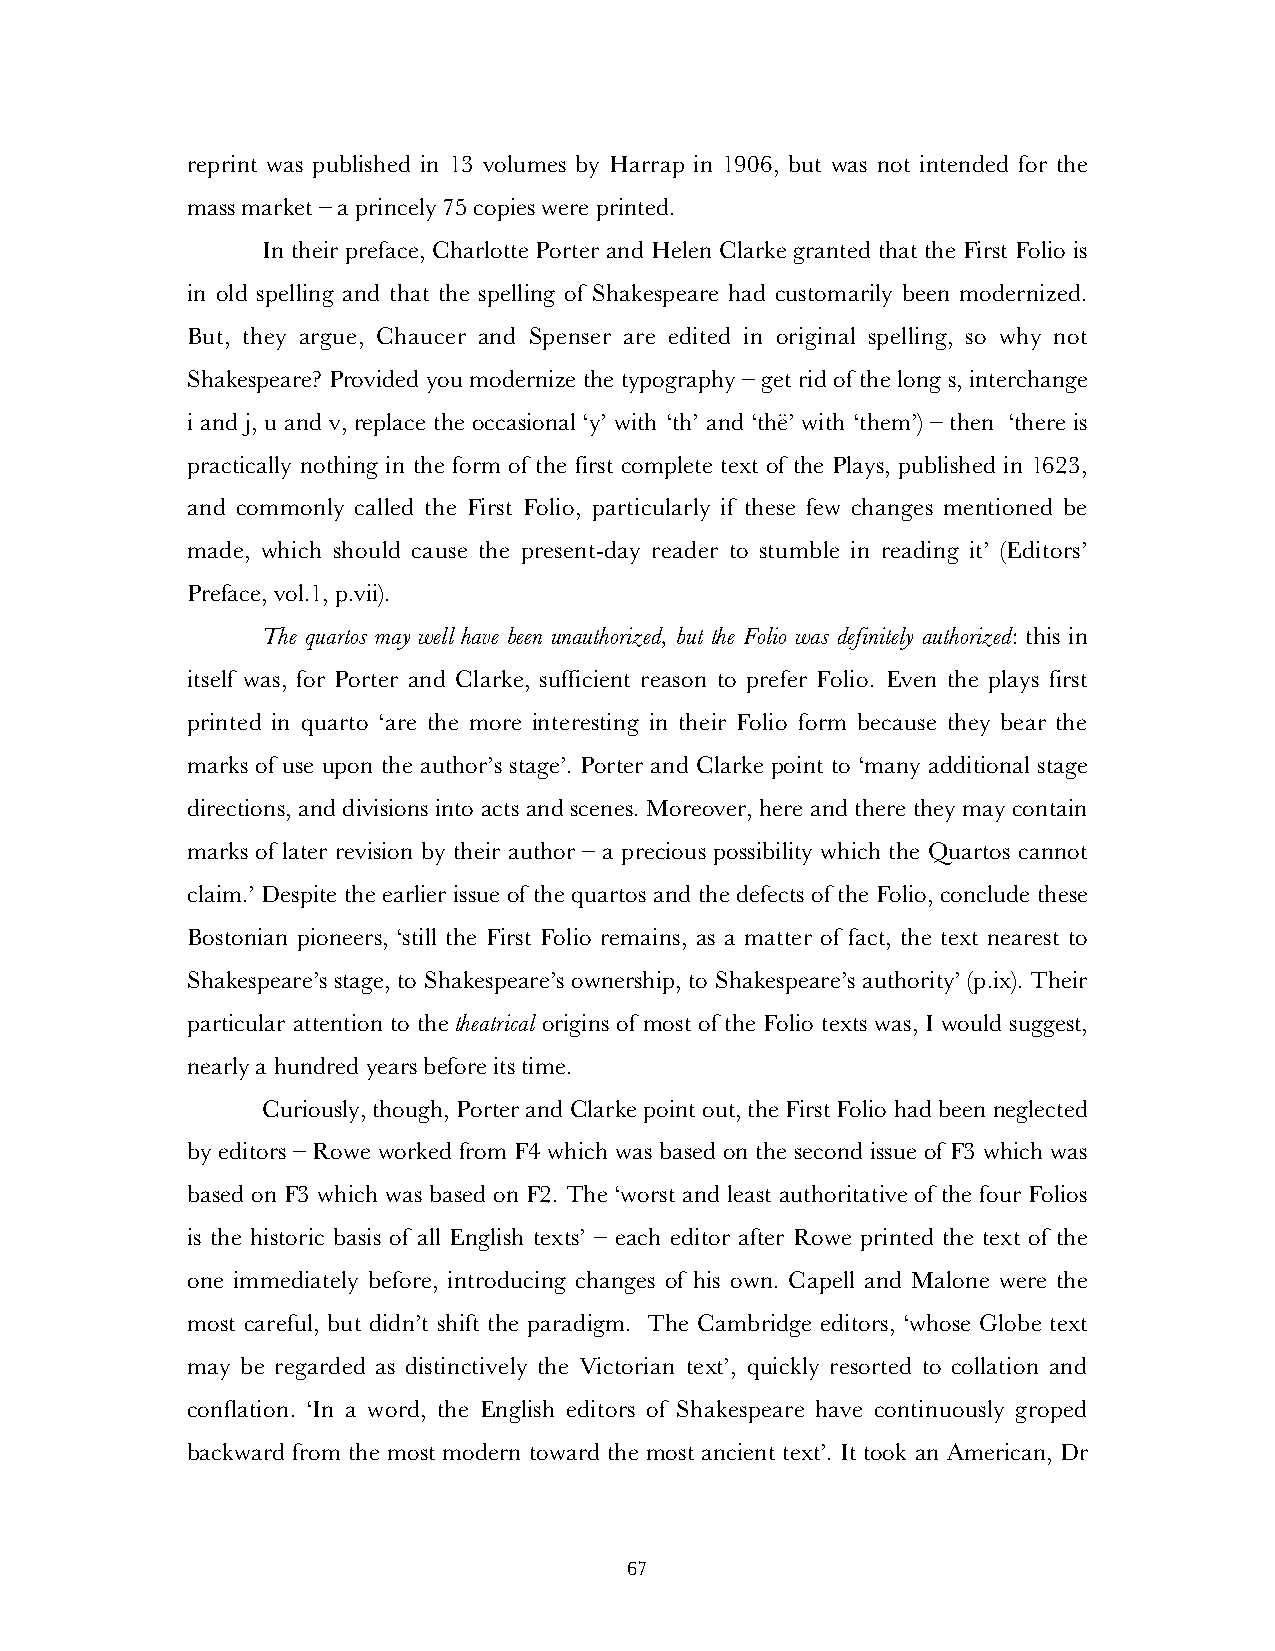
reprint was published in 13 volumes by Harrap in 1906, but was not intended for the
 mass market – a princely 75 copies were printed.
 In their preface, Charlotte Porter and Helen Clarke granted that the First Folio is
 in old spelling and that the spelling of Shakespeare had customarily been modernized.
 But, they argue, Chaucer and Spenser are edited in original spelling, so why not
 Shakespeare? Provided you modernize the typography – get rid of the long s, interchange
 i and j, u and v, replace the occasional ‘y’ with ‘th’ and ‘thë’ with ‘them’) – then ‘there is
 practically nothing in the form of the first complete text of the Plays, published in 1623,
 and commonly called the First Folio, particularly if these few changes mentioned be
 made, which should cause the present-day reader to stumble in reading it’ (Editors’
 Preface, vol.1, p.vii).
 The quartos may well have been unauthorized, but the Folio was definitely authorized: this in
 itself was, for Porter and Clarke, sufficient reason to prefer Folio. Even the plays first
 printed in quarto ‘are the more interesting in their Folio form because they bear the
 marks of use upon the author’s stage’. Porter and Clarke point to ‘many additional stage
 directions, and divisions into acts and scenes. Moreover, here and there they may contain
 marks of later revision by their author – a precious possibility which the Quartos cannot
 claim.’ Despite the earlier issue of the quartos and the defects of the Folio, conclude these
 Bostonian pioneers, ‘still the First Folio remains, as a matter of fact, the text nearest to
 Shakespeare’s stage, to Shakespeare’s ownership, to Shakespeare’s authority’ (p.ix). Their
 particular attention to the theatrical origins of most of the Folio texts was, I would suggest,
 nearly a hundred years before its time.
 Curiously, though, Porter and Clarke point out, the First Folio had been neglected
 by editors – Rowe worked from F4 which was based on the second issue of F3 which was
 based on F3 which was based on F2. The ‘worst and least authoritative of the four Folios
 is the historic basis of all English texts’ – each editor after Rowe printed the text of the
 one immediately before, introducing changes of his own. Capell and Malone were the
 most careful, but didn’t shift the paradigm. The Cambridge editors, ‘whose Globe text
 may be regarded as distinctively the Victorian text’, quickly resorted to collation and
 conflation. ‘In a word, the English editors of Shakespeare have continuously groped
 backward from the most modern toward the most ancient text’. It took an American, Dr
 67